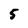
Character: 5